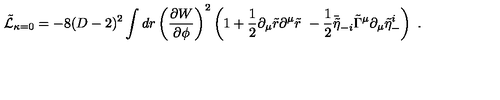
\tilde { \cal L } _ { \kappa = 0 } = - 8 ( D - 2 ) ^ { 2 } \int d r \left( { \frac { \partial W } { \partial \phi } } \right) ^ { 2 } \left( 1 + { \frac { 1 } { 2 } } \partial _ { \mu } \tilde { r } \partial ^ { \mu } \tilde { r } \ - { \frac { 1 } { 2 } } \bar { \tilde { \eta } } _ { - i } \tilde { \Gamma } ^ { \mu } \partial _ { \mu } \tilde { \eta } _ { - } ^ { i } \right) \ .